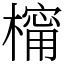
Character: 橣